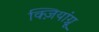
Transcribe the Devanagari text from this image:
क्ज़ियांग्नू